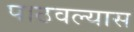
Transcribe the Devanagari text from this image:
पाठवल्‍यास